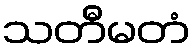
သတီမတံ